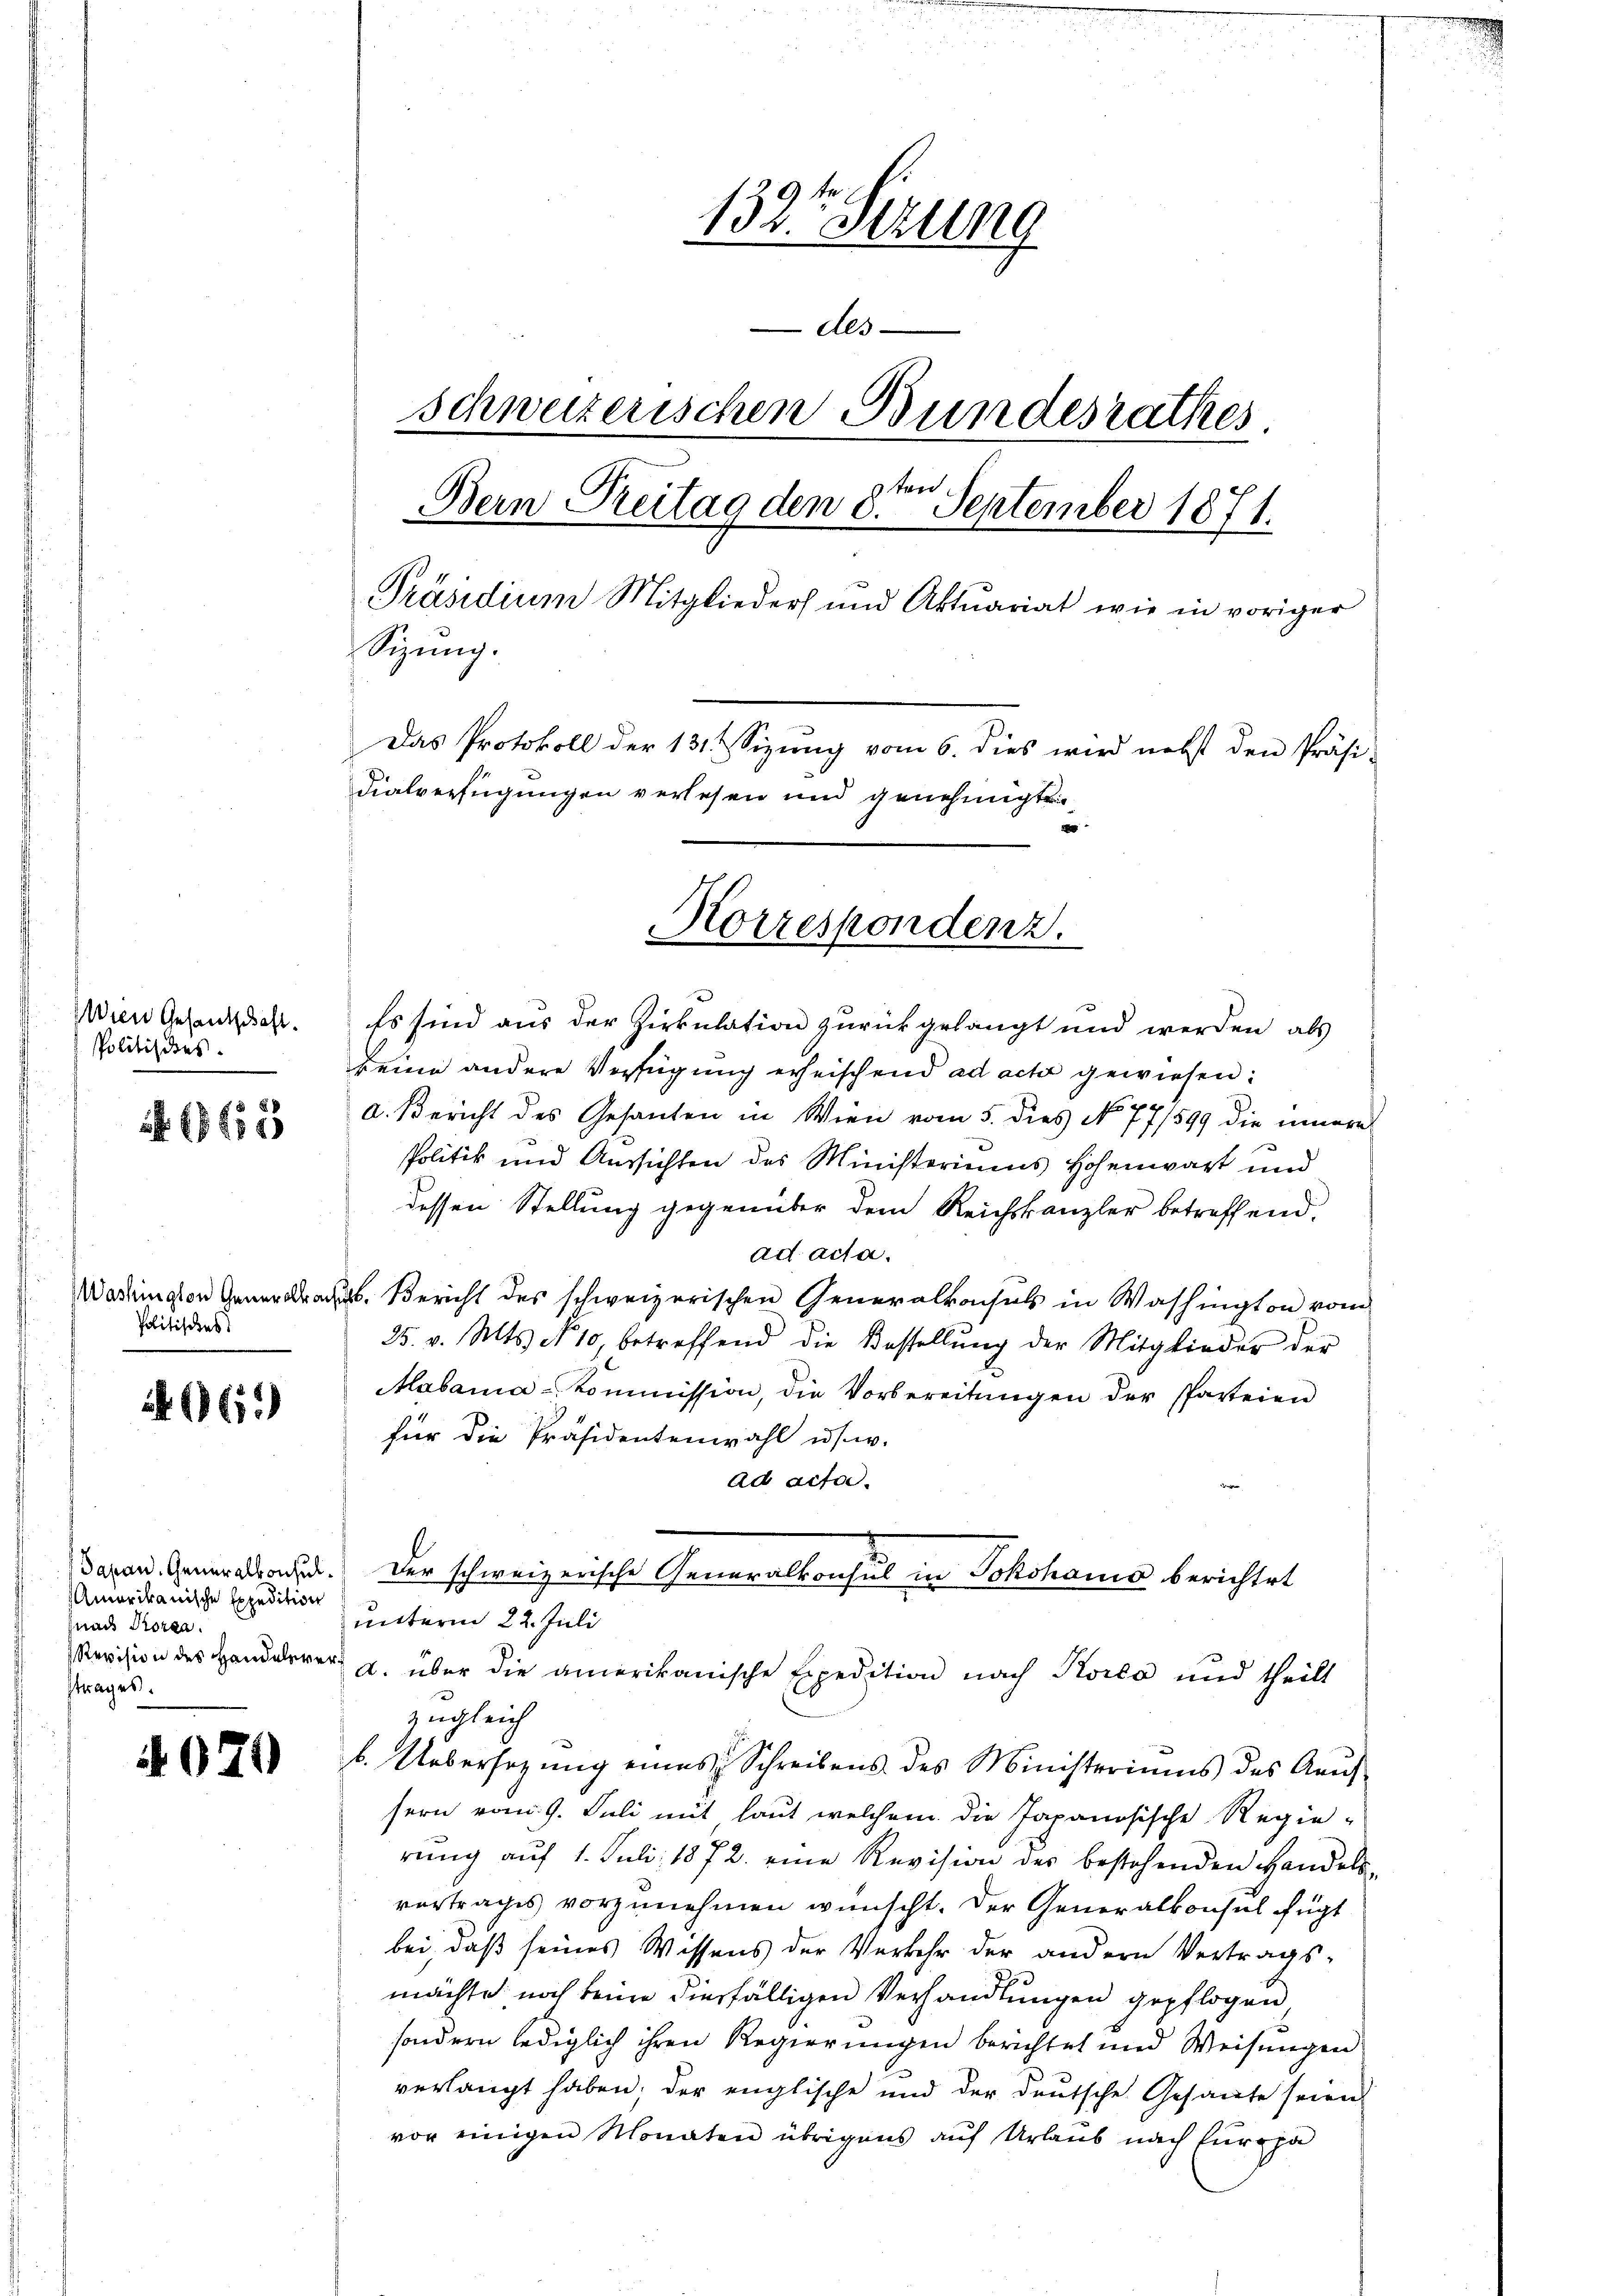
Wien Gesantschaft.
Politisches.

1651

Politisches

ii

Japan. Generalkonsul¬
Amerikanische Expedition
(nach Prorea
sttrages.

4079

132tederung
Als
schweizerischen Bundesrathes
ten
Bern Reitag den 8.
September 1871.
Präsidium Mitglieders und Aktuariat wie in voriger
Sizung.
Das Protokoll der 131 & Sizung vom 6. dies wird nebst den Präsi-
dialverfügungen verlesen und genehmigt.

Korrespondenz.

Es sind aus der Zirkulation zurückgelangt und werden als
keine andere Verfügung erheischend ad acta gewiesen:
a. Bericht des Gesanten in Wien vom 5. dies No 77/599 die innern
Politik und Aussichten des Ministeriums Hohenwart und
dessen Stellung gegenüber dem Reichskanzler betreffend.
ad acta.
Warkingen. Bericht des schweizerischen Generalkonsuls in Washington vom
25. v. Mts. No 10, betreffend die Bestellŭng der Mitglieder der
Mabama-Kommission, die Vorbereitungen der Parteien
für die Präsidentenwahl u. s. w.
ad acta.
 Der schweizerische Generalkonsul in Johshaus berichtet
unterm 22. Juli
Revision des Handerer u. über die amerikanische Expedition nach Koila und theilt
zugleich
b. Uebersezung eines Schreibens des Ministeriums des Aauf-
sern vom 9. Juli mit laut welchem die Japanösische Regie-
rung auf 1. Juli 1872. eine Revision des bestehenden Handels-
vertrages vorzunehmen wünscht. Der Generalkonsul fügt
bei, daß seines Wissens der Verkehr der andern Vertrags-
machte noch keine diesfälligen Verhandlungen gepflogen,
sondern lediglich ihren Regierungen berichtet und Weisungen
verlangt haben; der englische und der deutsche Gesante seien
vor einigen Monaten übrigens auf Urlaub nach Europa